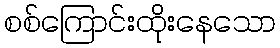
စစ်ကြောင်းထိုးနေသော